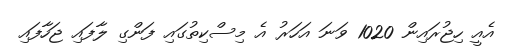
އެއީ ހިޖުރައިން 1020 ވަނަ އަހަރު އެ މިސްކިތުގައި ފަންގި ލާފައި ޖަހާފައި